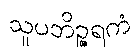
သူပဘိဉ္ဇရကံ